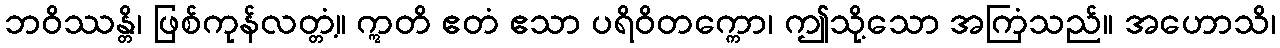
ဘဝိဿန္တိ၊ ဖြစ်ကုန်လတ္တံ့။ ဣတိ ဧတံ ဧသာ ပရိဝိတက္ကော၊ ဤသို့သော အကြံသည်။ အဟောသိ၊